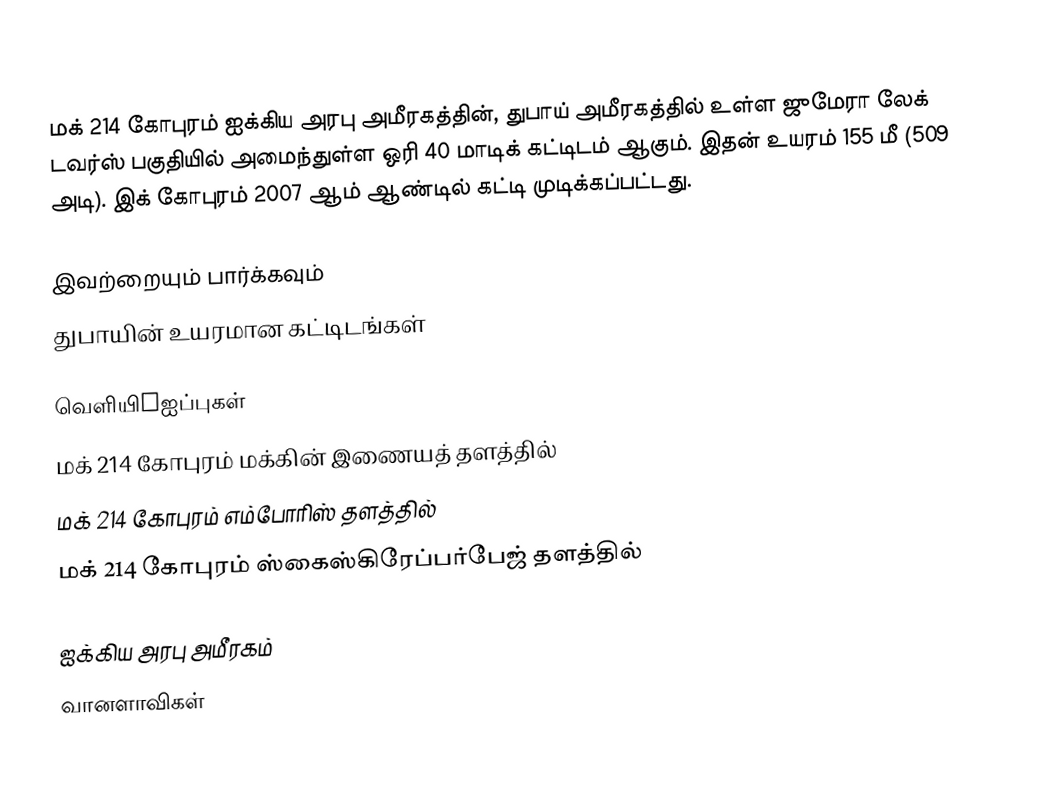
மக் 214 கோபுரம் ஐக்கிய அரபு அமீரகத்தின், துபாய் அமீரகத்தில் உள்ள ஜுமேரா லேக் டவர்ஸ் பகுதியில் அமைந்துள்ள ஒரி 40 மாடிக் கட்டிடம் ஆகும். இதன் உயரம் 155 மீ (509 அடி). இக் கோபுரம் 2007 ஆம் ஆண்டில் கட்டி முடிக்கப்பட்டது.

இவற்றையும் பார்க்கவும்
 துபாயின் உயரமான கட்டிடங்கள்

வெளியிMஐப்புகள்
மக் 214 கோபுரம்  மக்கின் இணையத் தளத்தில்
மக் 214 கோபுரம் எம்போரிஸ் தளத்தில்
மக் 214 கோபுரம் ஸ்கைஸ்கிரேப்பர்பேஜ் தளத்தில்

ஐக்கிய அரபு அமீரகம்
வானளாவிகள்